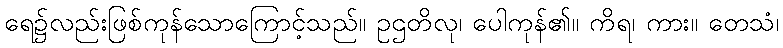
ရေ၌လည်းဖြစ်ကုန်သောကြောင့်သည်။ ဥဌတိလု၊ ပေါကုန်၏။ ကိရ၊ ကား။ တေသံ၊